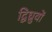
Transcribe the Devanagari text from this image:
द्विध्रुवों